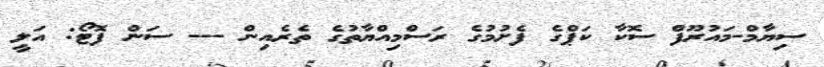
ސިޔާމް-މައުރޫފް ސޮކާ ކަޕްގެ ފެށުމުގެ ރަސްމިއްޔާތުގެ ތެރެއިން --- ސަން ފޮޓޯ: އަލީ